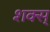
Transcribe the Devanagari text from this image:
शक्स्